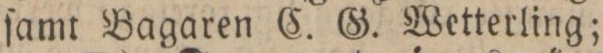
ſamt Bagaren C. G. Wetterling;